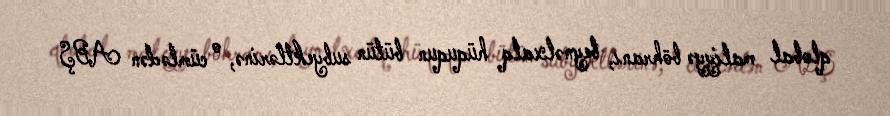
qlobal maliyyə böhranı, beynəlxalq hüququn bütün subyektlərinə, o cümlədən ABŞ